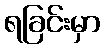
ရခြင်းမှာ